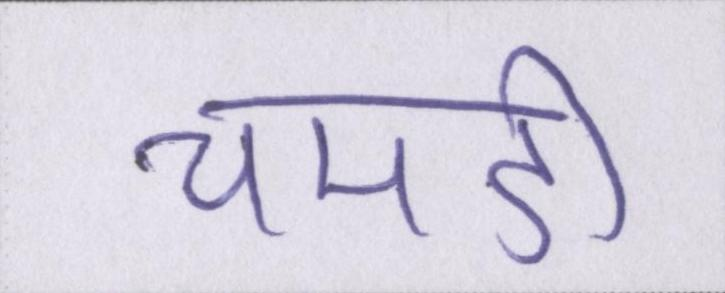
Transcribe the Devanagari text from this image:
चमडी